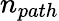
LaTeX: n_{path}